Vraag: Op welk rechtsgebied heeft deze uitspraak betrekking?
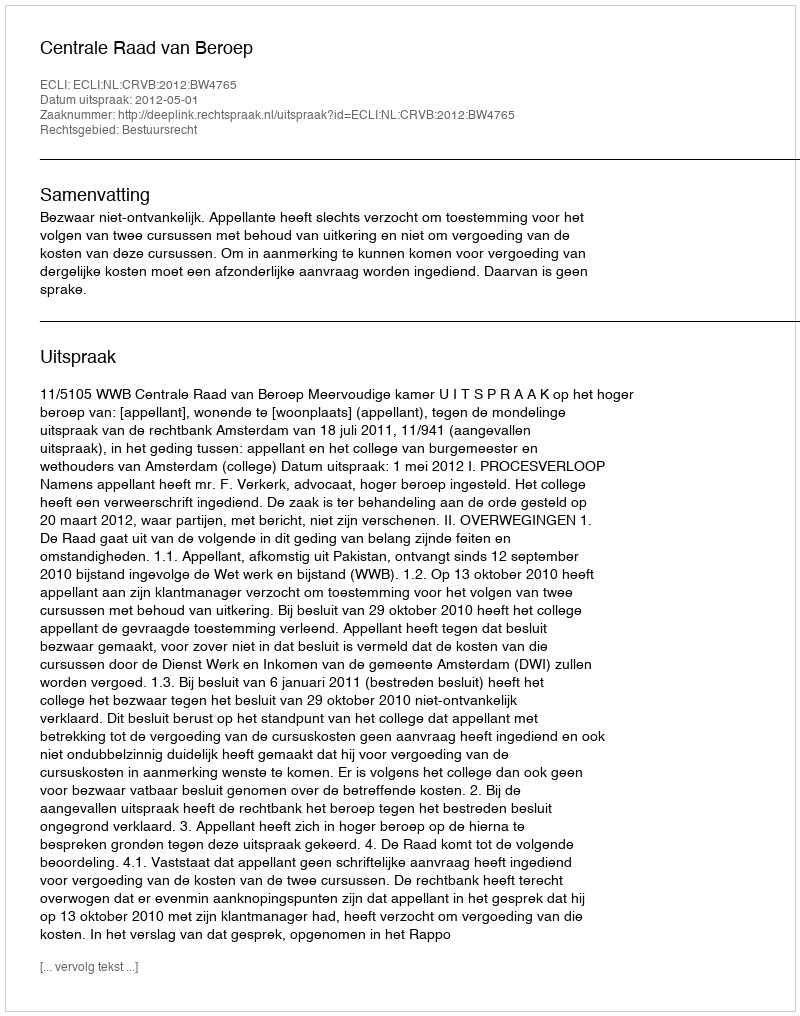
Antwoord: Bestuursrecht